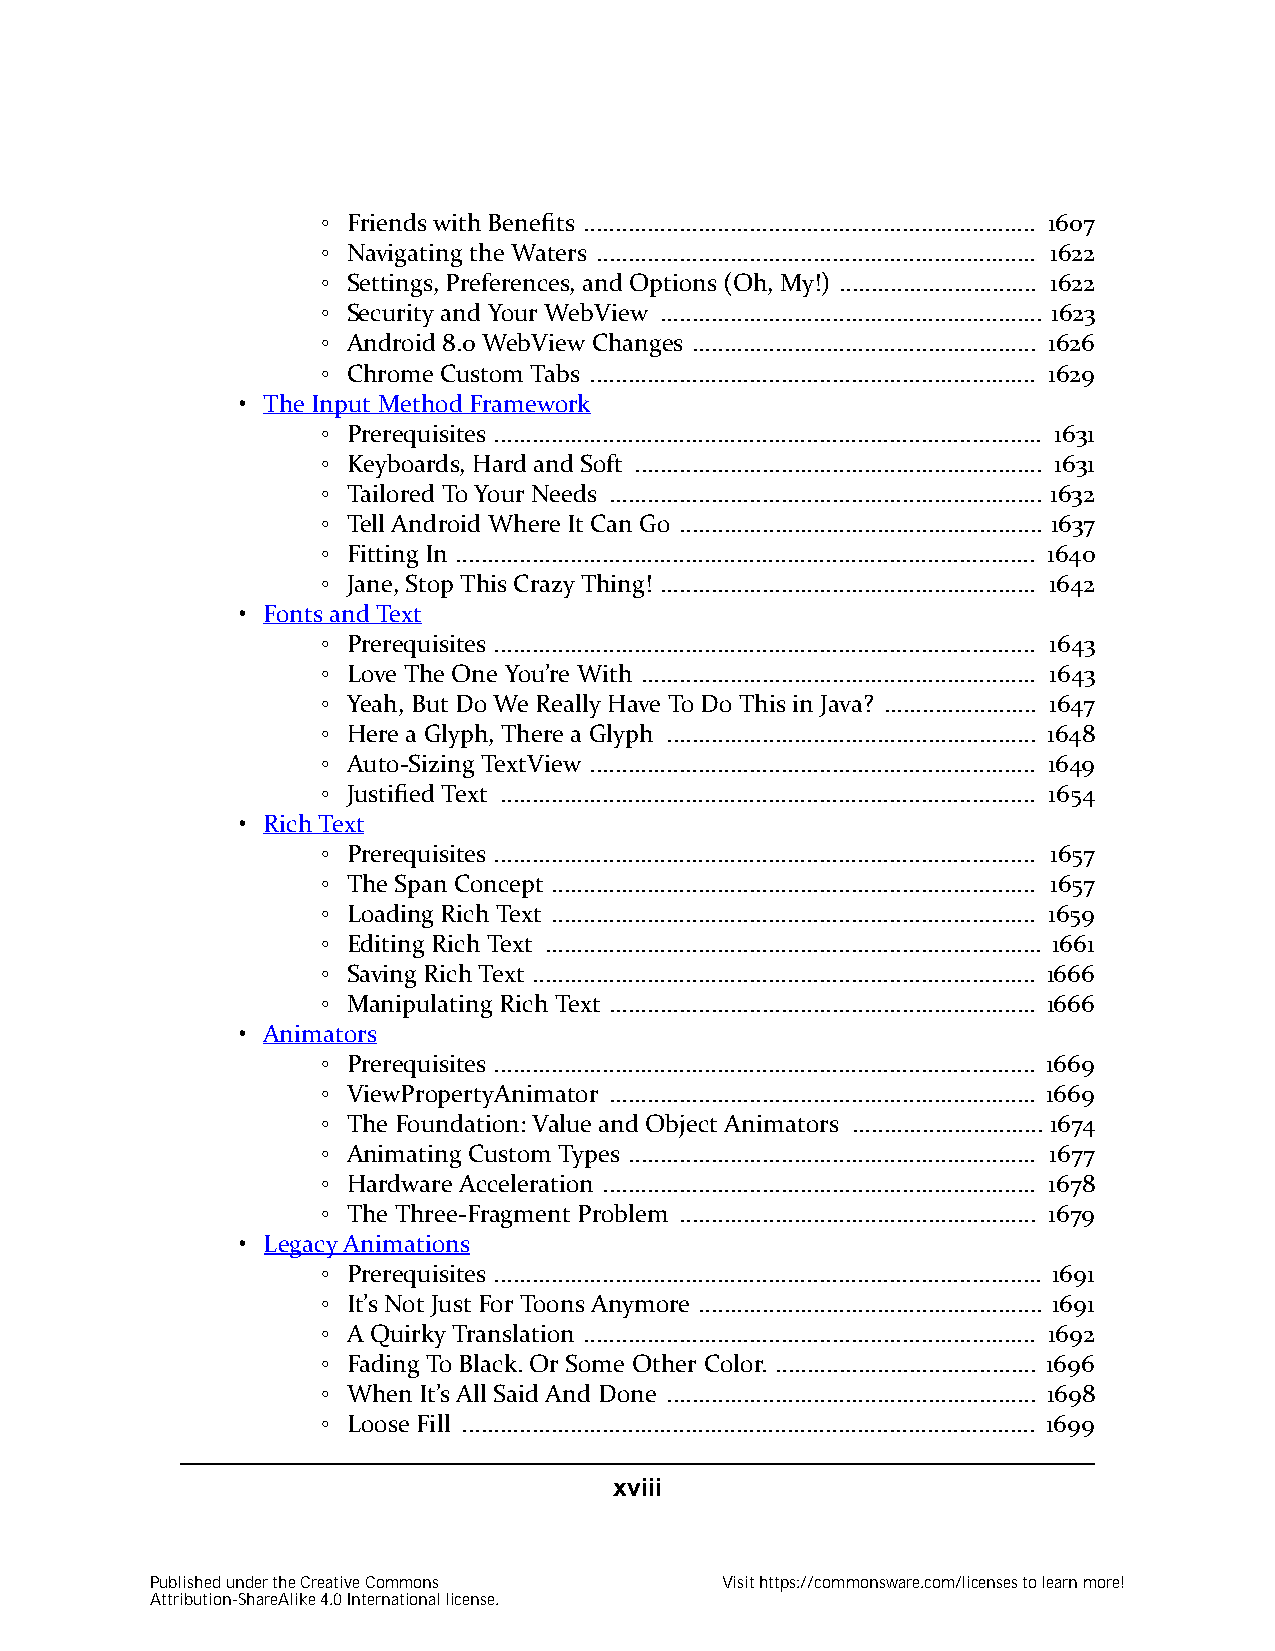
◦ Friends with Benefits ....................................................................... 1607
 ◦ Navigating the Waters ..................................................................... 1622
 ◦ Settings, Preferences, and Options (Oh, My!) ............................... 1622
 ◦ Security and Your WebView ............................................................ 1623
 ◦ Android 8.0 WebView Changes ...................................................... 1626
 ◦ Chrome Custom Tabs ...................................................................... 1629
 • The Input Method Framework
 ◦ Prerequisites ...................................................................................... 1631
 ◦ Keyboards, Hard and Soft ................................................................ 1631
 ◦ Tailored To Your Needs .................................................................... 1632
 ◦ Tell Android Where It Can Go ......................................................... 1637
 ◦ Fitting In ........................................................................................... 1640
 ◦ Jane, Stop This Crazy Thing! ........................................................... 1642
 • Fonts and Text
 ◦ Prerequisites ..................................................................................... 1643
 ◦ Love The One You’re With .............................................................. 1643
 ◦ Yeah, But Do We Really Have To Do This in Java? ........................ 1647
 ◦ Here a Glyph, There a Glyph .......................................................... 1648
 ◦ Auto-Sizing TextView ...................................................................... 1649
 ◦ Justified Text .................................................................................... 1654
 • Rich Text
 ◦ Prerequisites ..................................................................................... 1657
 ◦ The Span Concept ............................................................................ 1657
 ◦ Loading Rich Text ............................................................................ 1659
 ◦ Editing Rich Text .............................................................................. 1661
 ◦ Saving Rich Text ............................................................................... 1666
 ◦ Manipulating Rich Text ................................................................... 1666
 • Animators
 ◦ Prerequisites ..................................................................................... 1669
 ◦ ViewPropertyAnimator ................................................................... 1669
 ◦ The Foundation: Value and Object Animators .............................. 1674
 ◦ Animating Custom Types ................................................................ 1677
 ◦ Hardware Acceleration .................................................................... 1678
 ◦ The Three-Fragment Problem ........................................................ 1679
 • Legacy Animations
 ◦ Prerequisites ...................................................................................... 1691
 ◦ It’s Not Just For Toons Anymore ...................................................... 1691
 ◦ A Quirky Translation ....................................................................... 1692
 ◦ Fading To Black. Or Some Other Color. ......................................... 1696
 ◦ When It’s All Said And Done .......................................................... 1698
 ◦ Loose Fill .......................................................................................... 1699
 xviii
 Published under the Creative Commons  Visit https://commonsware.com/licenses to learn more!
 Attribution-ShareAlike 4.0 International license.